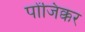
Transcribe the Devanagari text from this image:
पोंजिक्कर